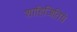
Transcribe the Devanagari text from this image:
शाहिजितिये